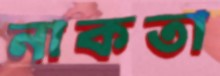
নাকতা